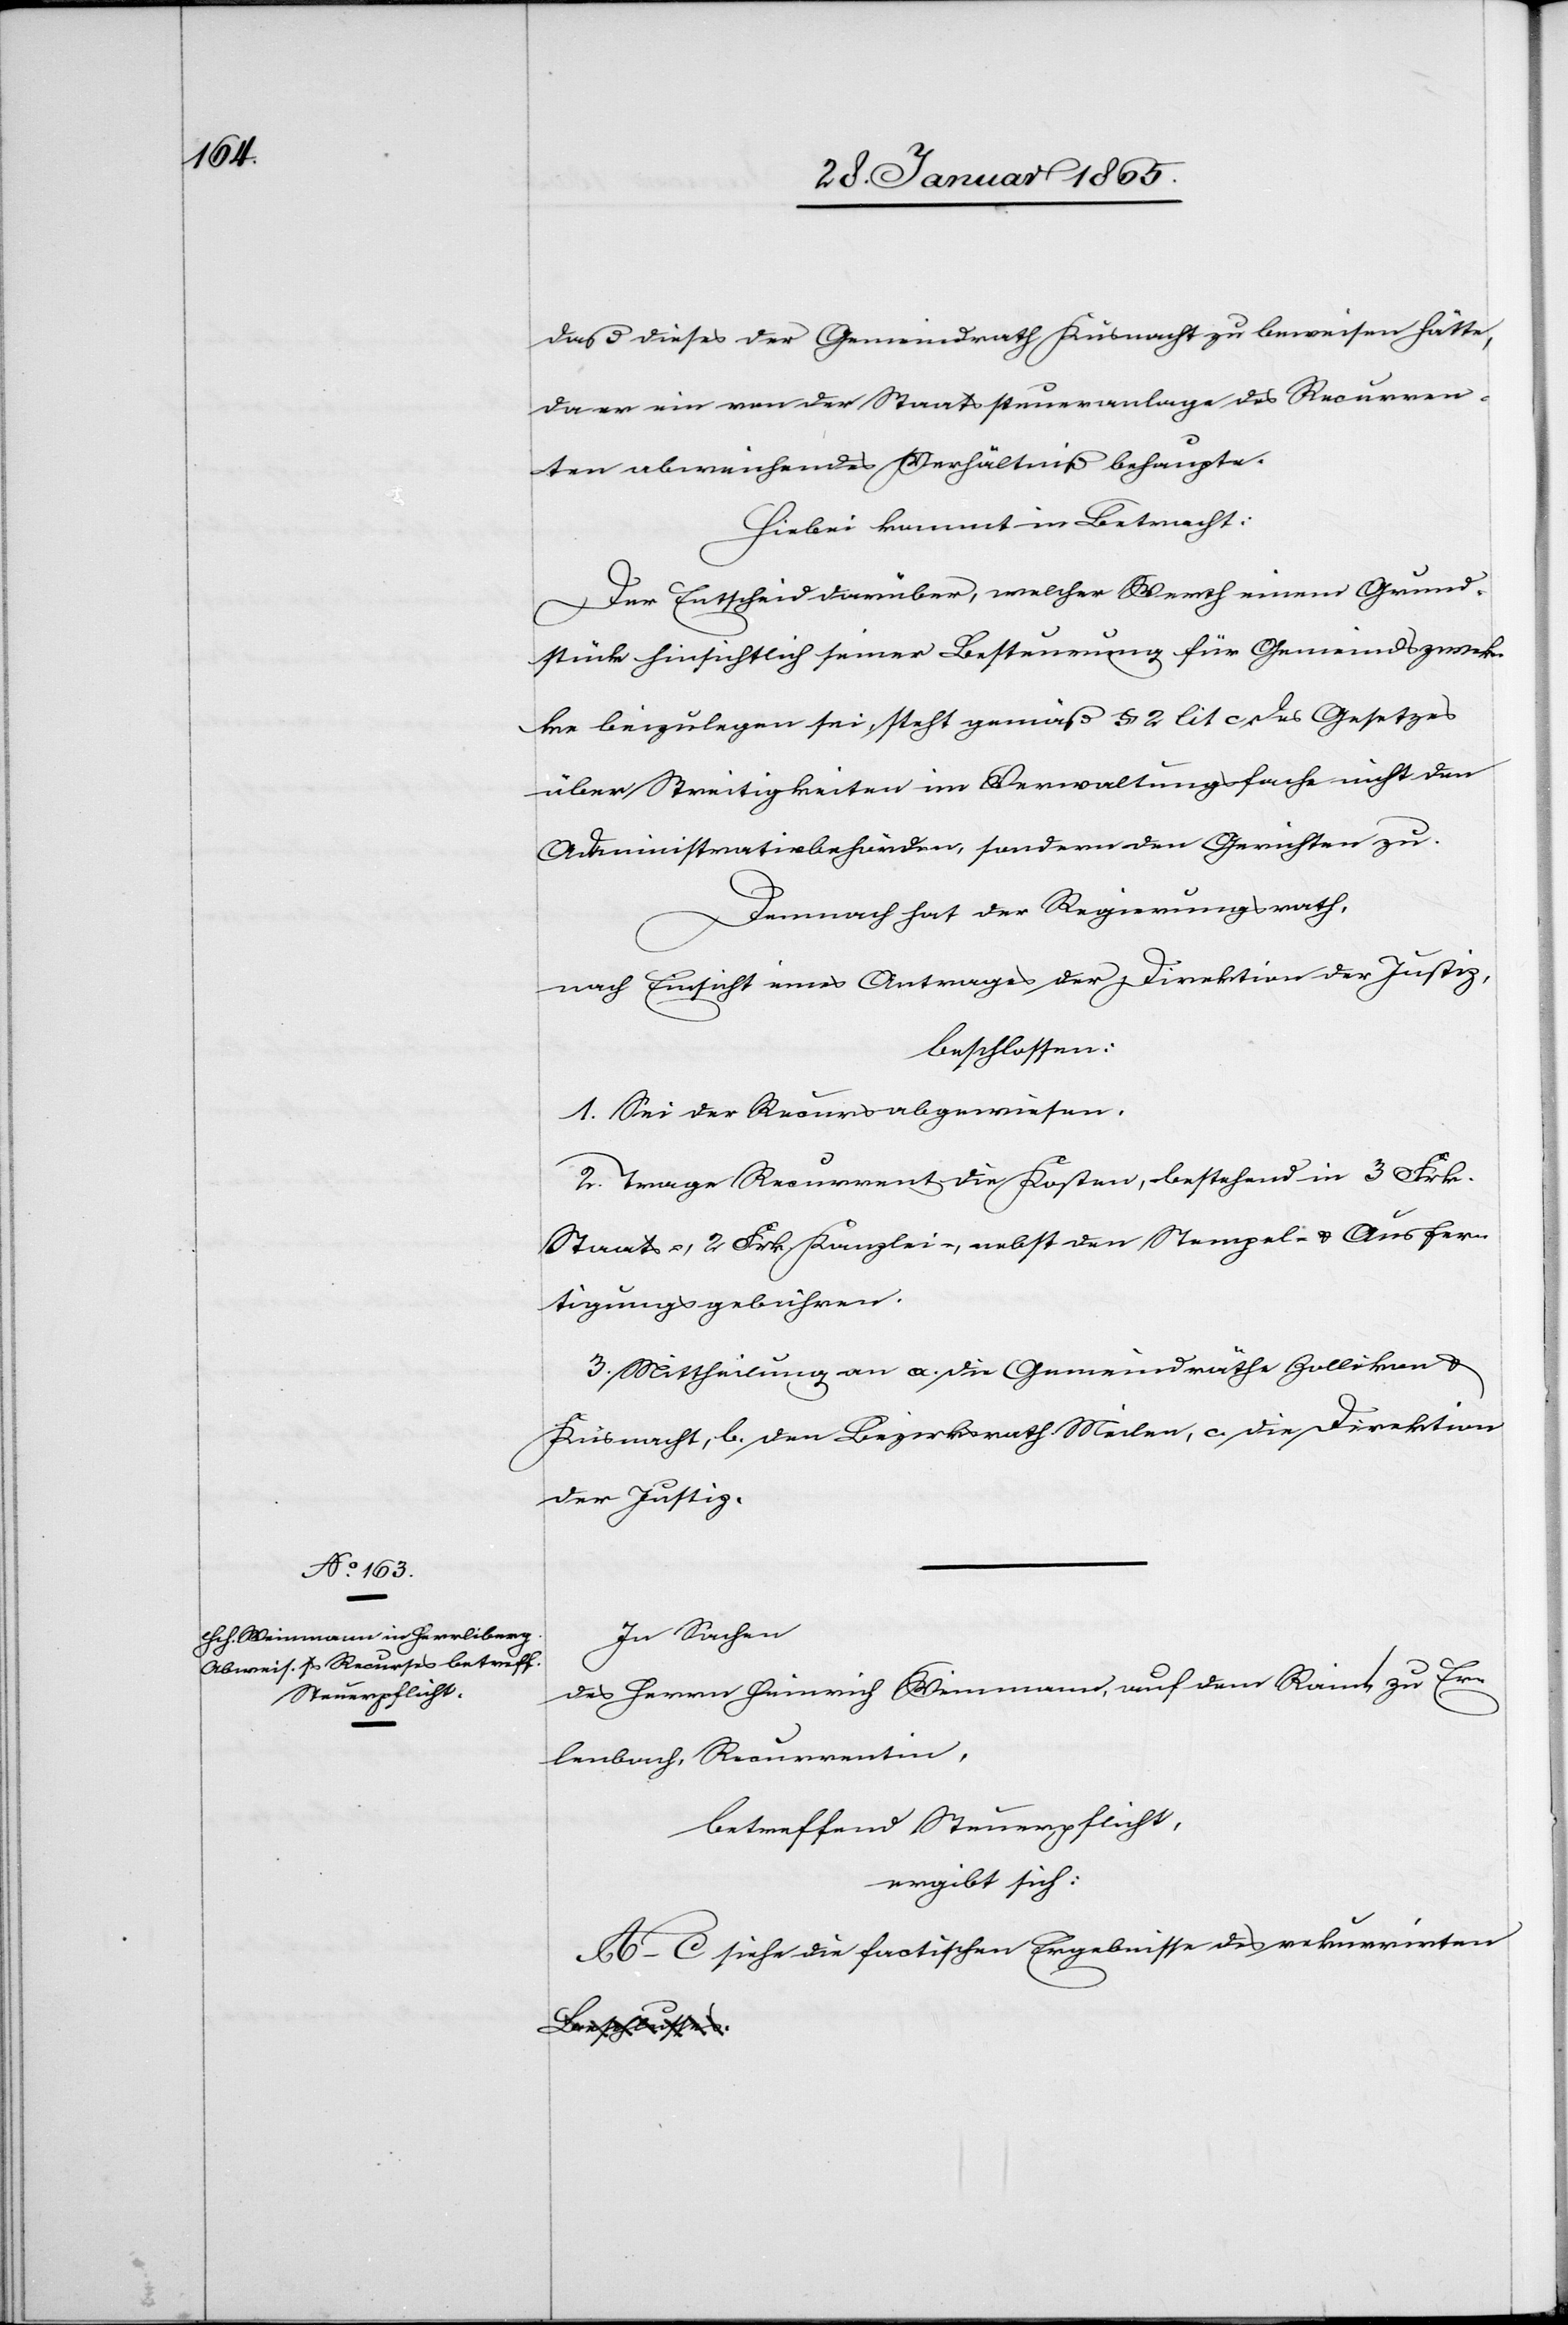
daß dieses der Gemeindrath Küsnacht zu beweisen hätte,
da er ein von der Staatssteueranlage des Recurren¬
ten abweichendes Verhältniß behaupte.
Hiebei kommt in Betracht:
Der Entscheid darüber, welcher Werth einem Grund¬
stück hinsichtlich seiner Besteurung für Gemeindszwec¬
ke beizulegen sei, steht gemäß § 2 lit c des Gesetzes
über Streitigkeiten im Verwaltungsfache nicht den
Administrativbehörden, sondern den Gerichten zu.
Demnach hat der Regierungsrath,
nach Einsicht eines Antrages der Direktion der Justiz,
beschlossen:
1. Sei der Recurs abgewiesen.
2. Trage Recurrent die Kosten, bestehend in 3 Frk.
Staats-, 2 Frk Kanzlei-, nebst den Stempel- u. Ausfer¬
tigungsgebühren.
3. Mittheilung an a. die Gemeindräthe Zollikon u.
Küsnacht, b. den Bezirksrath Meilen, d. die Direktion
der Justiz.
In Sachen
des Herrn Heinrich Weinmann, auf dem Rain, zu Er¬
lenbach, Recurrentin
betreffend Steuerpflicht,
ergibt sich:
A–C siehe die factischen Ergebnisse des rekurrirten